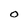
Character: O